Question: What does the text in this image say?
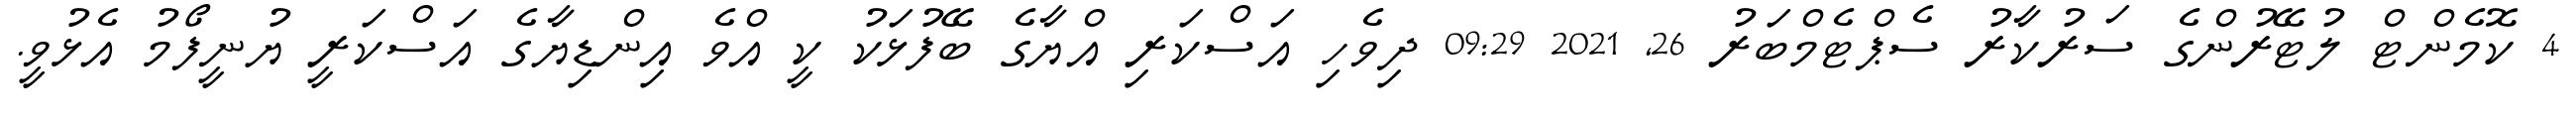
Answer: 4 ކޮމެންޓް ލުޓޭރުންގެ ސަރުކާރު ސެޕްޓެމްބަރު 26, 2021 09:29 ދިވެހި އަސްކަރި އްޔާގެ ބޭފުޅަކު ކީ އްވެ އިންޑިޔާގެ އަސްކަރީ ޔުނީފޯމު އެޅުވީ.